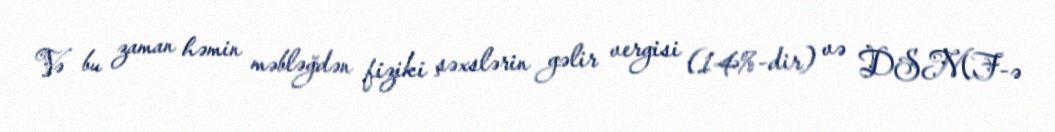
Və bu zaman həmin məbləğdən fiziki şəxslərin gəlir vergisi (14%-dir) və DSMF-ə